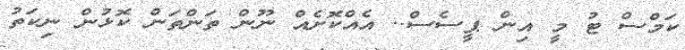
ކަމްސް ޓު މީ އިން ޕީސެސް.. އެއްކޮށެއް ނޫން ތަންތަން ކޮޅުން ނިކަތު